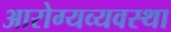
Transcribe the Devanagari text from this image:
आरोग्यव्यवस्था